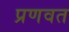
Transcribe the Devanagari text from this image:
प्रणवत